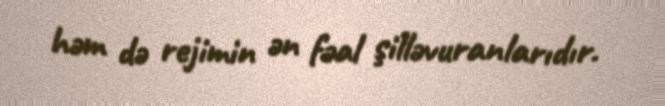
həm də rejimin ən fəal şilləvuranlarıdır.